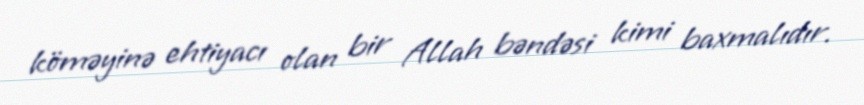
köməyinə ehtiyacı olan bir Allah bəndəsi kimi baxmalıdır.